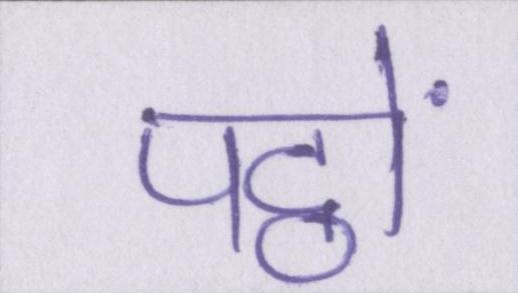
पट्ठों